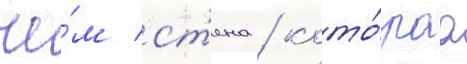
че́м ст'ена / кото́раа